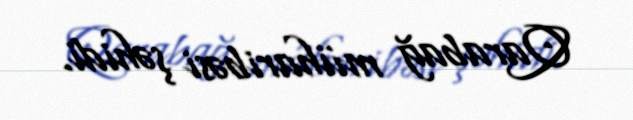
Qarabağ müharibəsi şəhidi.